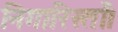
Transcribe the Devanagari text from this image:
निगारिस्ताँ।